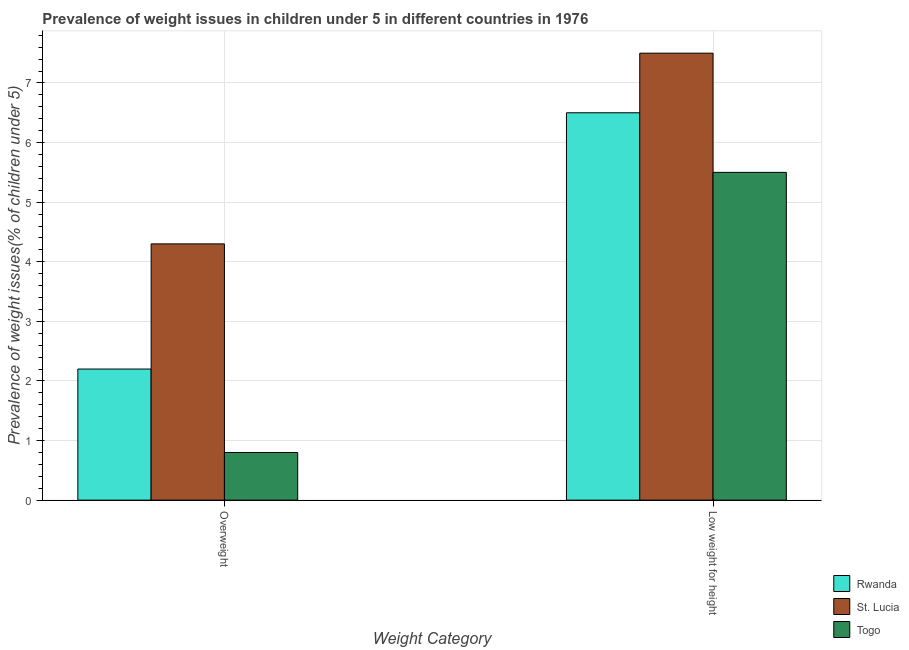
| Weight Category | Rwanda | St. Lucia | Togo |
 | --- | --- | --- | --- |
 | Overweight | 2.2 | 4.3 | 0.8 |
 | Low weight for height | 6.5 | 7.5 | 5.5 |